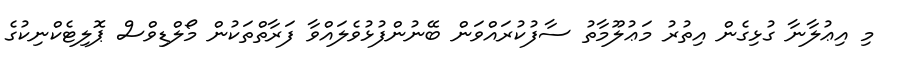
މި އިޢުލާނާ ގުޅިގެން އިތުރު މަޢުލޫމާތު ސާފުކުރައްވަން ބޭނުންފުޅުވެލައްވާ ފަރާތްތަކުން މޯލްޑިވްސް ޕޮލިޓެކްނިކުގެ